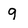
Character: 9